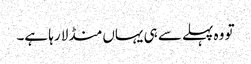
تو وہ پہلے سے ہی یہاں منڈلا رہا ہے۔